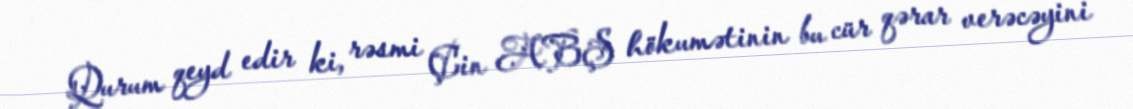
Qurum qeyd edir ki, rəsmi Çin ABŞ hökumətinin bu cür qərar verəcəyini